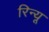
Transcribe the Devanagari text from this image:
रिन्यू